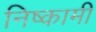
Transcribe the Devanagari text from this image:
निष्कामी